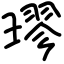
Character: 璆